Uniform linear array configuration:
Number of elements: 8
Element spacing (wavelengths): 1
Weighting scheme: kaiser
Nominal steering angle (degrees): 45
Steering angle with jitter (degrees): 44.087
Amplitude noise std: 0.05
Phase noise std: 0.05

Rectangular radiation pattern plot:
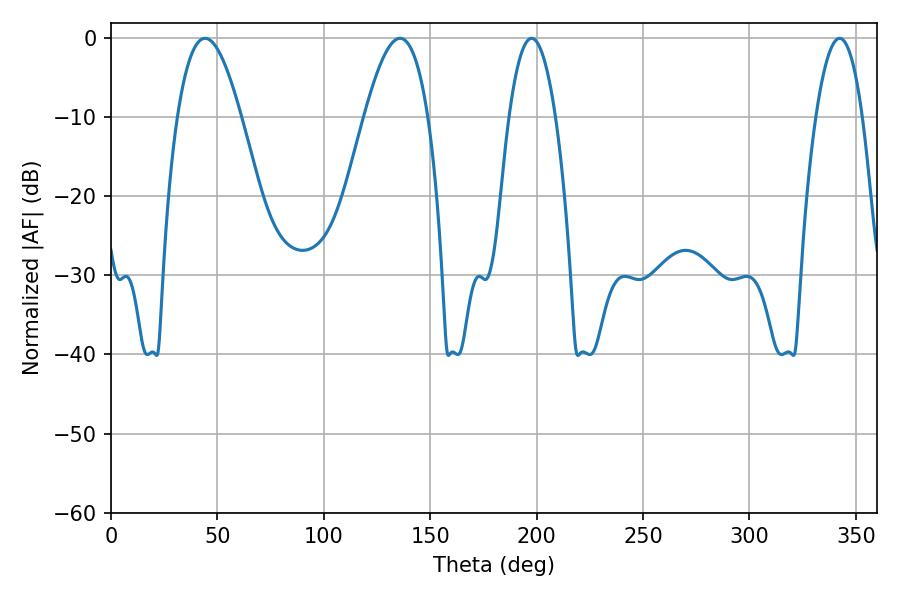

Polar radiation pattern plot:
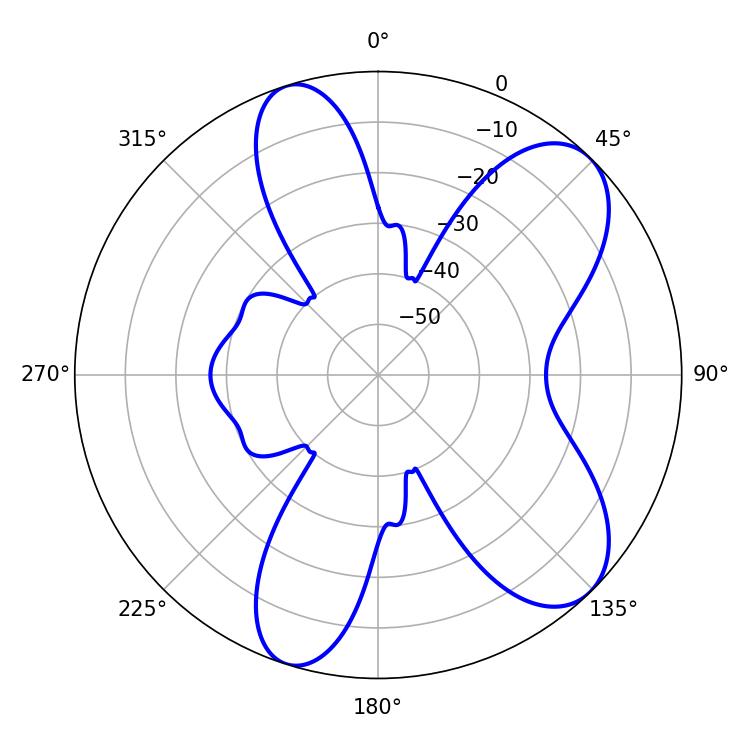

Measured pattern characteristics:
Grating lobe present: TRUE
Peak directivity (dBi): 8.254
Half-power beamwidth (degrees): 12.06
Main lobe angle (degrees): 342.36